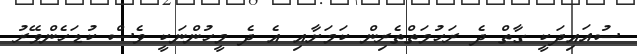
ސުއައިދަކީ ގާތް ދެ ރަހުމަތްތެރިން ކަމަށާއި އެ ދެ މީހުންނަކީ ވެސް ކުޑަހެންވޭރު